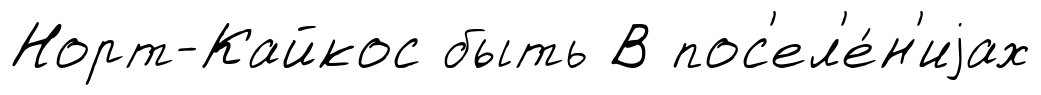
Норт-Кайкос быть В пос'ел'е́н'иjах